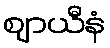
ဈာယီနံ